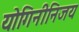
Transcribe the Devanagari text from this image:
योगिनीनिजय